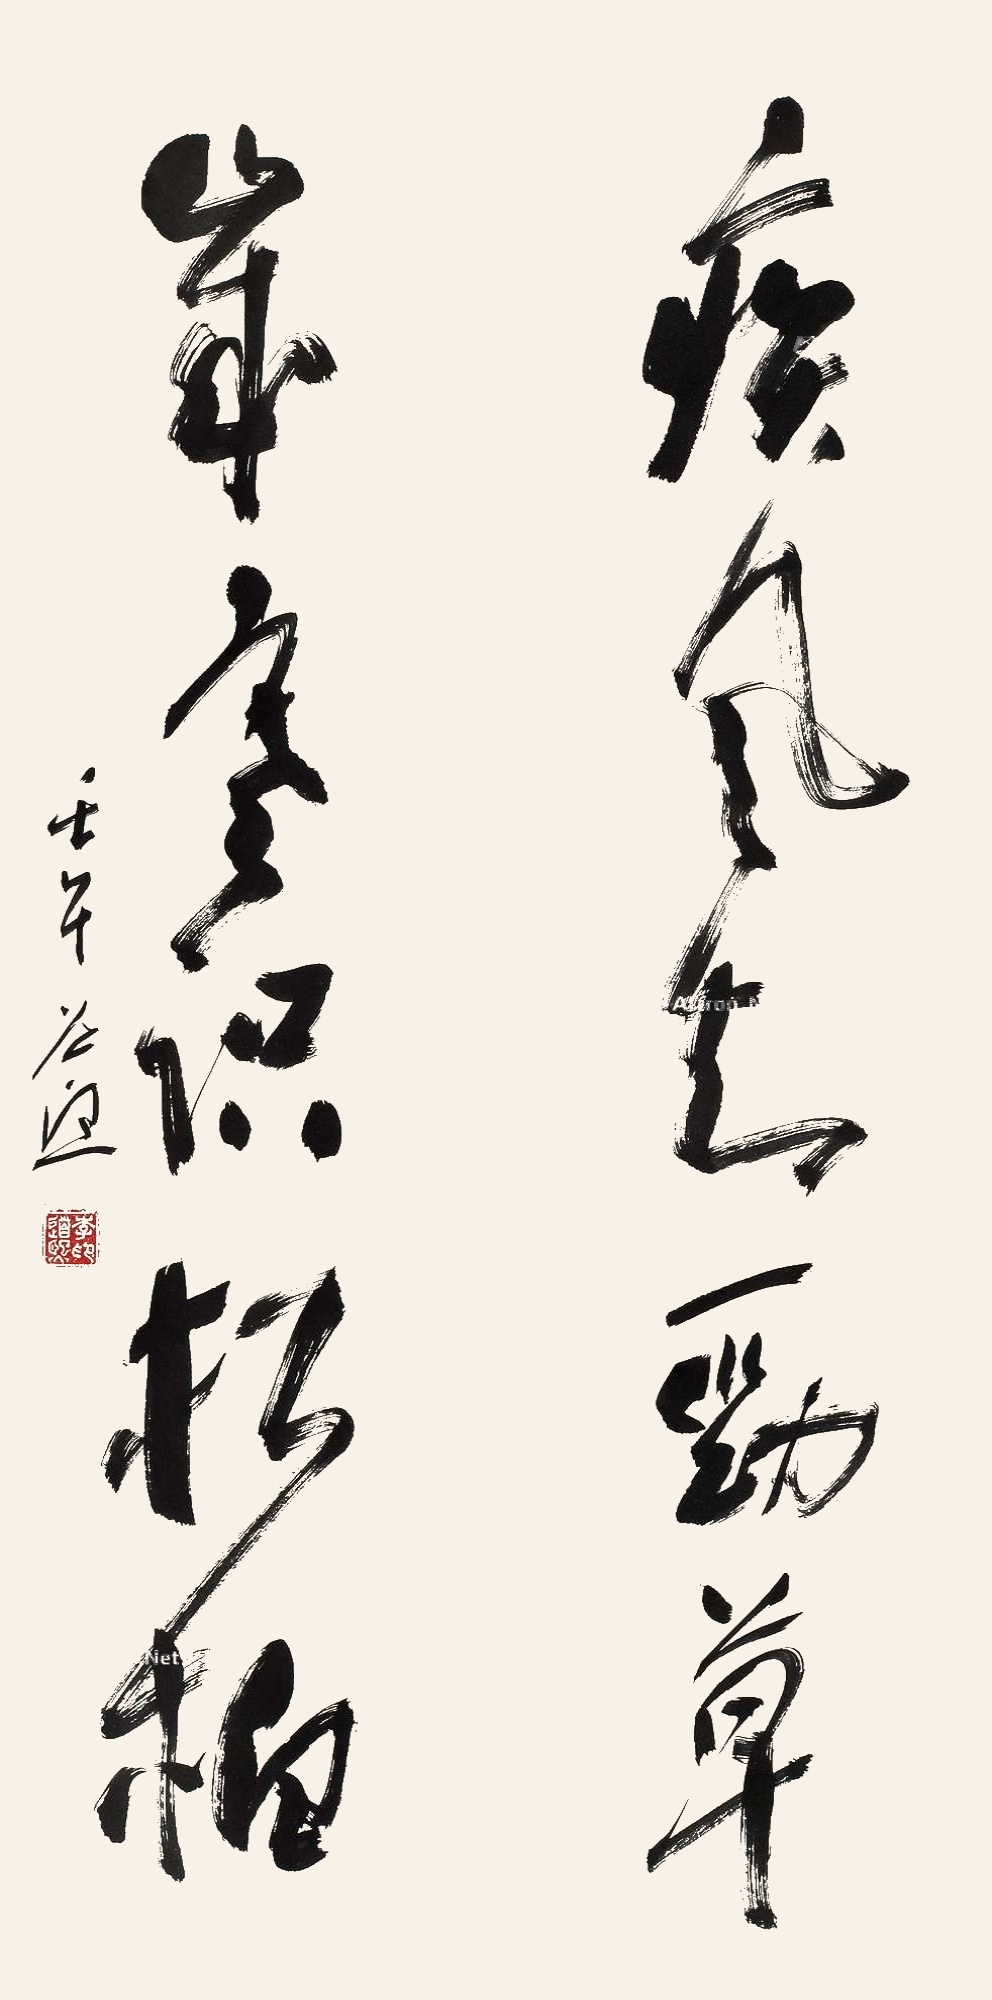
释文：疾风知劲草，岁寒识松柏。壬午（2002年）道熙。